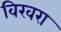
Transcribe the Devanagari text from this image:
विखरा